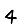
Digit: 4